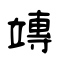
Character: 竱